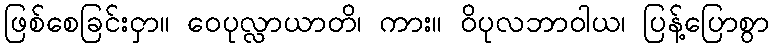
ဖြစ်စေခြင်းငှာ။ ဝေပုလ္လာယာတိ၊ ကား။ ဝိပုလဘာဝါယ၊ ပြန့်ပြောစွာ